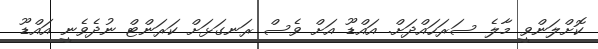
ކޮށްލަންވީ މާލެ ސަރަހައްދަށް. އައްޑޫ އަށް ވެސް ރަނގަޅަށް ކަރަންޓް ނުދެވެނީ އައްޑޫ